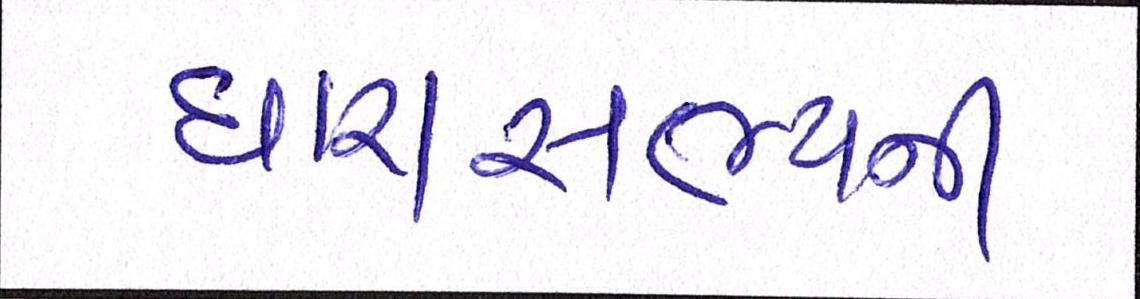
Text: ધારાસભ્યની